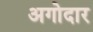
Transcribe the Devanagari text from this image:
अगोदार